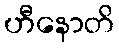
ဟီနောတိ